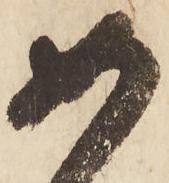
如